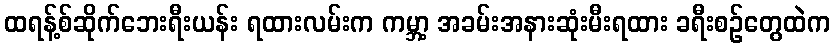
ထရန့်စ်ဆိုက်ဘေးရီးယန်း ရထားလမ်းက ကမ္ဘာ့ အခမ်းအနားဆုံးမီးရထား ခရီးစဉ်တွေထဲက